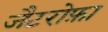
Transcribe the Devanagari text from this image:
जैटरोफ़ा